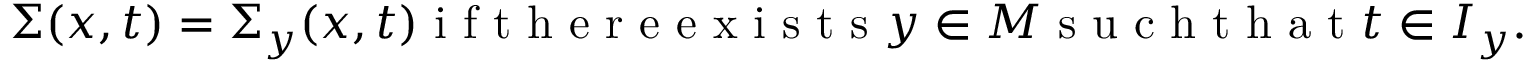
\Sigma ( x , t ) = \Sigma _ { y } ( x , t ) \mathrm { ~ i ~ f ~ t ~ h ~ e ~ r ~ e ~ e ~ x ~ i ~ s ~ t ~ s ~ } y \in M \mathrm { ~ s ~ u ~ c ~ h ~ t ~ h ~ a ~ t ~ } t \in I _ { y } .